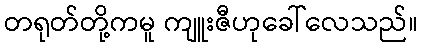
တရုတ်တို့ကမူ ကျူးဇီဟုခေါ်လေသည်။